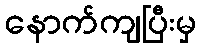
နောက်ကျပြီးမှ